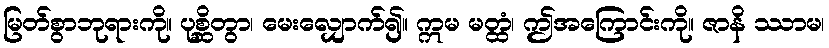
မြတ်စွာဘုရားကို။ ပုစ္ဆိတွာ၊ မေးလျှောက်၍။ ဣမ မတ္ထံ၊ ဤအကြောင်းကို။ ဇာနိ ဿာမ၊